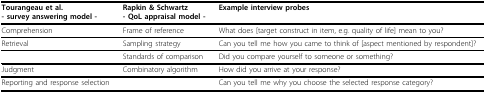
| Tourangeau et al.- survey answering model - | Rapkin & Schwartz- QoL appraisal model - | Example interview probes |
 | --- | --- | --- |
 | Comprehension | Frame of reference | What does [target construct in item, e.g. quality of life] mean to you? |
 | Retrieval | Sampling strategy | Can you tell me how you came to think of [aspect mentioned by respondent]? |
 |  | Standards of comparison | Did you compare yourself to someone or something? |
 | Judgment | Combinatory algorithm | How did you arrive at your response? |
 | Reporting and response selection |  | Can you tell me why you choose the selected response category? |